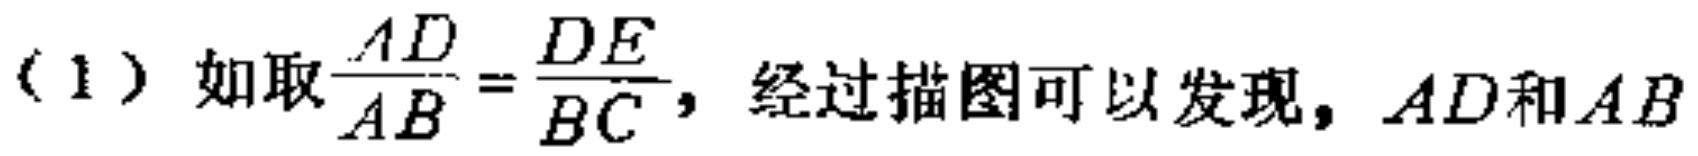
（1）如取$\frac{AD}{AB}=\frac{DE}{BC}$，经过描图可以发现，$AD$和$AB$